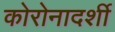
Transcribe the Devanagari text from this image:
कोरोनादर्शी